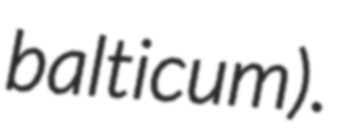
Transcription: balticum).